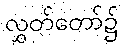
လွှတ်တော်၌